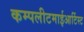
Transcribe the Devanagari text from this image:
कम्पलीटमाईआर्टिस्ट